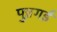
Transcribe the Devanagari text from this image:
पुन्नगई